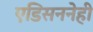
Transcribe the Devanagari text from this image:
एडिसननेही